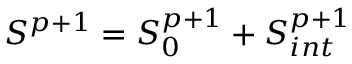
S ^ { p + 1 } = S _ { 0 } ^ { p + 1 } + S _ { i n t } ^ { p + 1 }